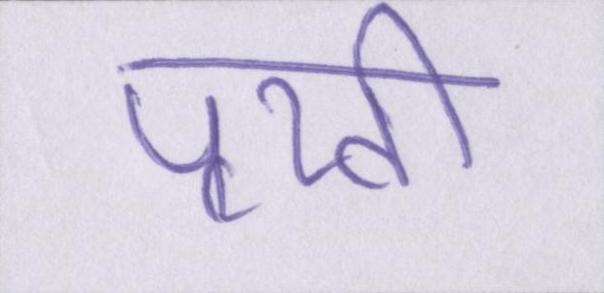
पृथ्वी